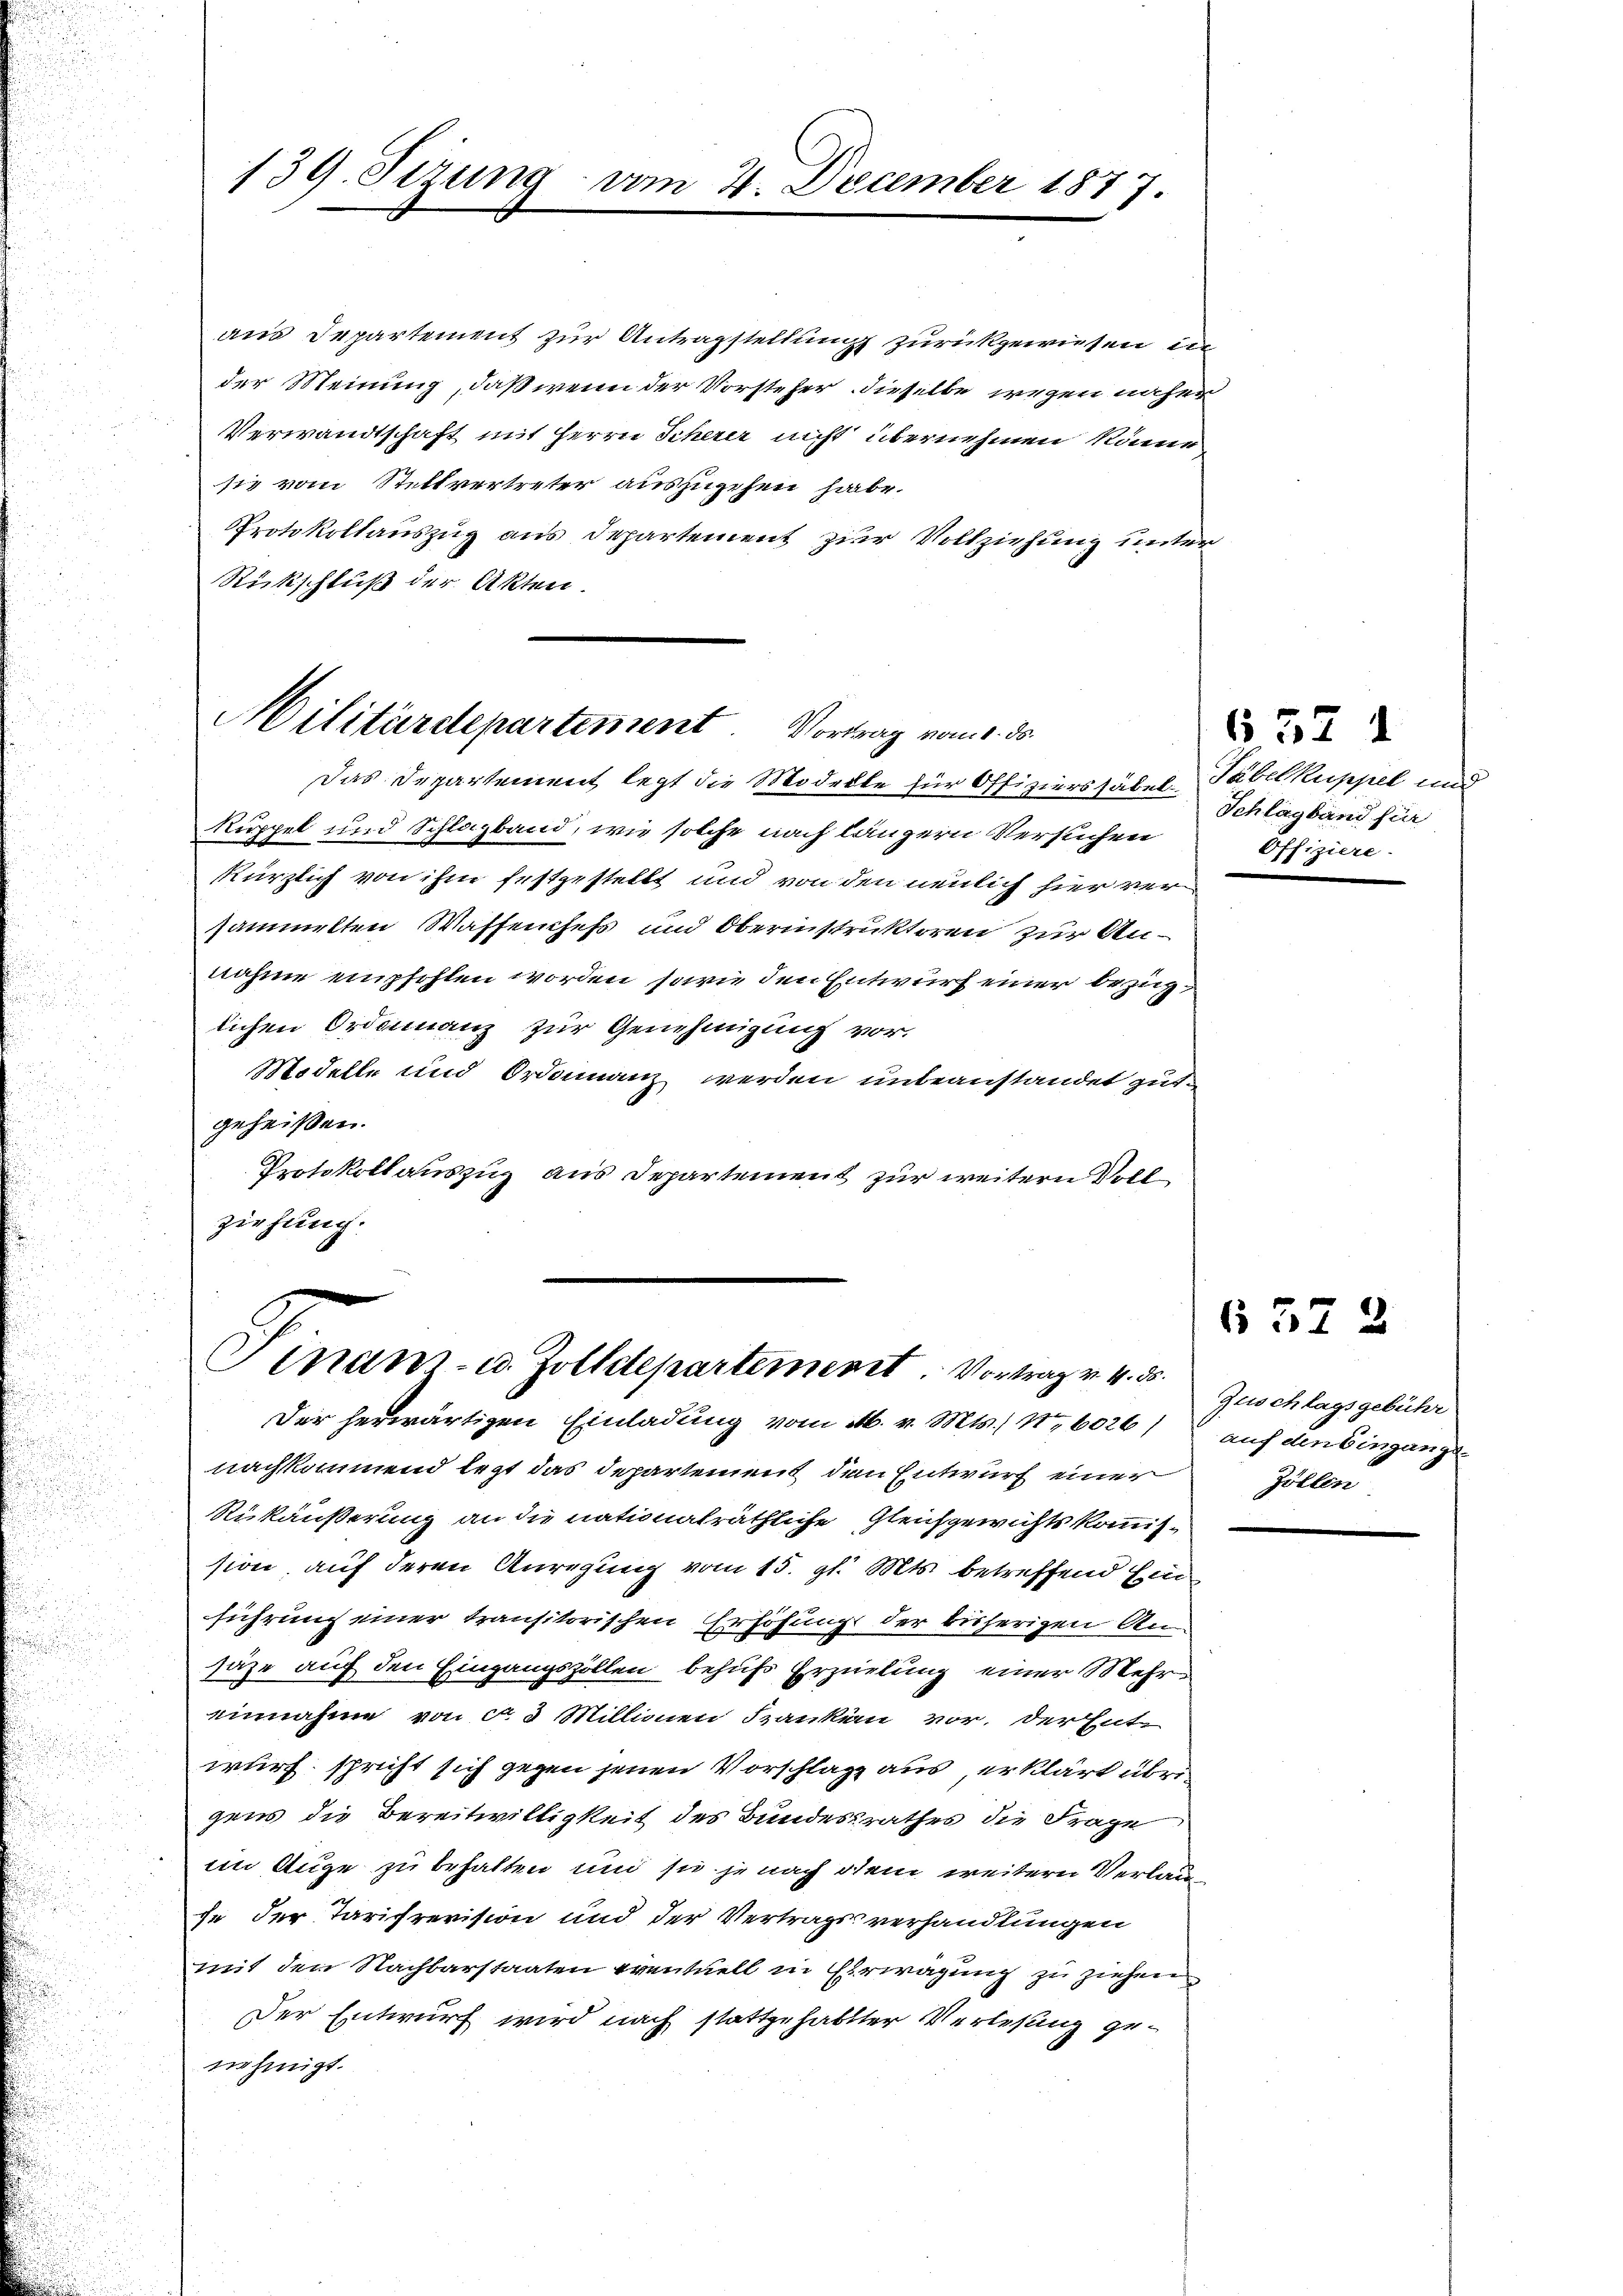
139. Sizung vom 4. December 1877.

aus Departement zur Antragstellung zurückgewiesen in
der Meinung, daß wenn der Vorsteher dieselbe wegen näher
Verwandtschaft mit Herrn Scherer nicht übernehmen könne
sie vom Stellvertreter auszugehen habe.
Protokollauszug aus Departement zur Vollziehung unter
Rückschluß der Akten.

Militärdepartement. Vortrag vom 1. ds.

Finan. u. Zolldepartement Vortrag v. 4. ds.

Das Departement legt die Modelle für Offizierssäbel-Tabelkuppel und
küppel und Schlagband, wie solche nach längern Versuchen
kürzlich von ihm festgestellt und von den neulich hier versammelten Waffenchefs und Oberinstruktoren zur Annahme empfehlen worden, sowie den Entwurf einer bezüglichen Ordinanz zur Genehmigung vor.
Modelle und Ordaianz werden unbeanstandet gut.
geheißen.
Protokollauszug aus Departement zur weitern Voll
ziehung.

Der herwärtigen Einladung vom M. v. Mts., Nr. 6026) auf den Eingange
nachkommend letzt das Departement den Entwurf einer
Rükäußerung an die nationalräthliche Gleichgewichts kommis¬

sion, auf deren Anregung vom 15. gl. Mts. betreffend Ein
führung einer transitorischen Erhöhung der bisherigen An¬
Jäge auf den Eingangszöllen behufs Erzielung einer Mehreinnahme von No 3 Millionen Szanken vor, der Entwurf, spricht sich gegen jenen Vorschlage aus, erklärt übrigens die Bereitwilligkeit des Bundesrathes die Frage
im Auge zu behalten und sie je nach dem weitern Verlan
he der Tarifrevision und der Vertragsverhandlungen
mit den Nachbarstaaten eventuell in Erwägung zu ziehen
Der Entwurf wird nach stattgehabter Verlesung genehmigt.

632 1
Schlagband für
Offiziere.

637 2

Zuschlagsgebühr
Zöllen